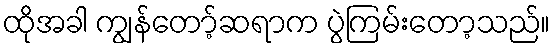
ထိုအခါ ကျွန်တော့်ဆရာက ပွဲကြမ်းတော့သည်။